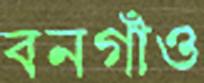
বনগাঁও